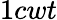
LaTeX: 1cwt